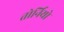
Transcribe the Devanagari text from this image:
तोर्नियो